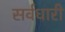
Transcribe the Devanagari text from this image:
सर्वधारी